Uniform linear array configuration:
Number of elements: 24
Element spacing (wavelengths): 0.25
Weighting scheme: hamming
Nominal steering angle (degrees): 0
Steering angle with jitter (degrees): -1.622
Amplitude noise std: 0.05
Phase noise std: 0.05

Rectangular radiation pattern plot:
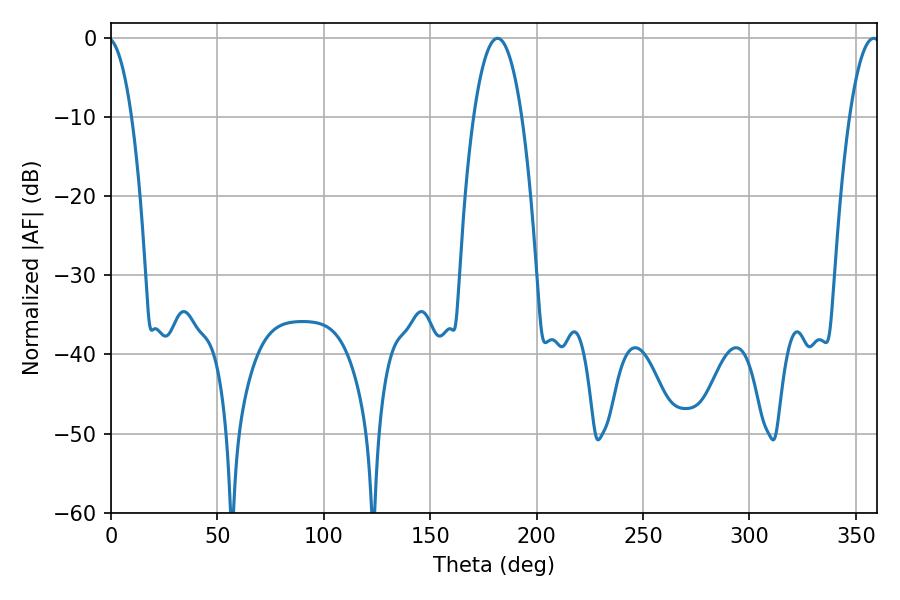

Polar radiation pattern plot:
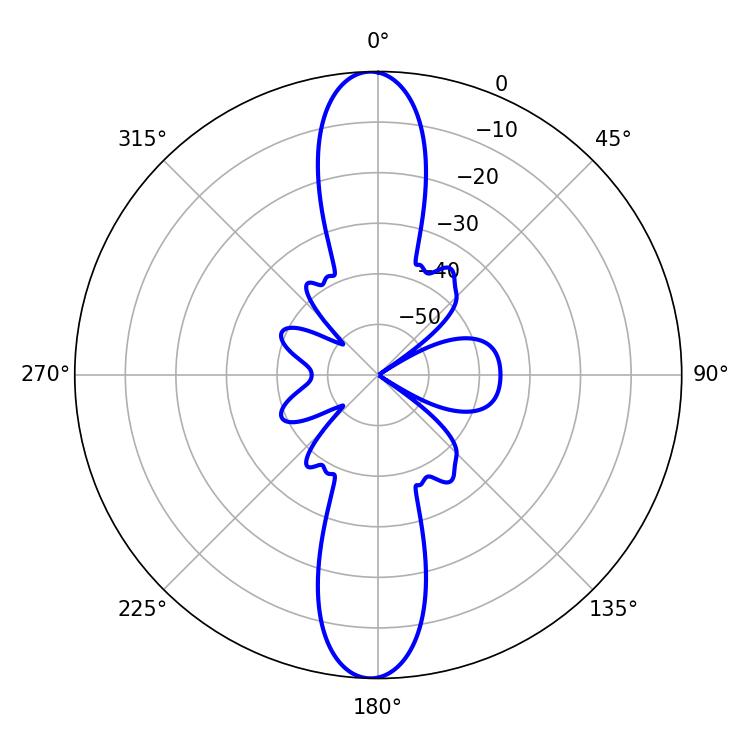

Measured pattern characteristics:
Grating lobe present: FALSE
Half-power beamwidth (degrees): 12.6
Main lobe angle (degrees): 181.62